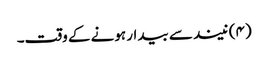
(۴) نیند سے بیدار ہونے کے وقت۔